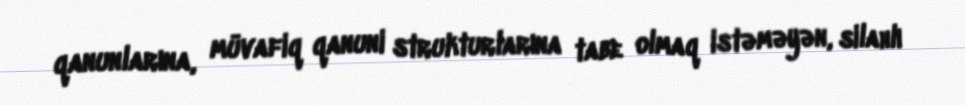
qanunlarına, müvafiq qanuni strukturlarına tabe olmaq istəməyən, silahlı